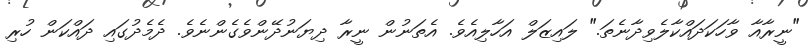
"ނީރާއާ ވާހަކަދައްކާލެވިދާނެތަ." ލައިޒަލް އަހާލިއެވެ. އެތަނުން ނީރާ ދިޔަނުދޭންވެގެންނެވެ. ދެމެދުގައި ދައްކަން ހުރި